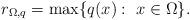
LaTeX: \begin{align*}r_{\Omega,q}=\max\{q(x):\,\,x\in\Omega\}.\end{align*}